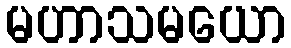
မဟာသမယော